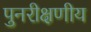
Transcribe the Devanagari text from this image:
पुनरीक्षणीय